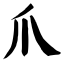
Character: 爪